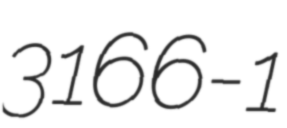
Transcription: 3166-1